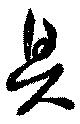
具